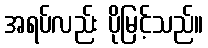
အရပ်လည်း ပိုမြင့်သည်။